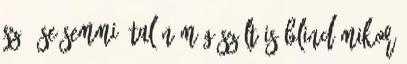
szó, se semmi, talán még szólt is Blind mikor